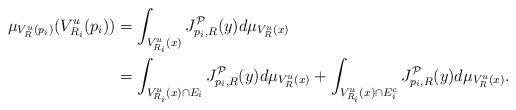
\begin{align*} \mu_{V^u_R(p_i)}(V^u_{R_i}(p_i)) & = \int_{V^u_{R_i}(x)}J_{p_i, R}^{\mathcal{P}}(y) d\mu_{V^u_{R}(x)} \\ & = \int_{V^u_{R_i}(x) \cap E_i}J_{p_i, R}^{\mathcal{P}} (y) d\mu_{V^u_{R}(x)} + \int_{V^u_{R_i}(x) \cap E_i^c}J_{p_i, R}^{\mathcal{P}}(y) d\mu_{V^u_{R}(x)}. \end{align*}